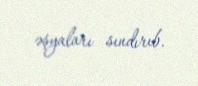
əşyaları sındırıb.